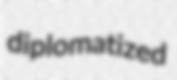
diplomatized